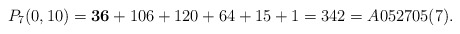
\begin{gather*}P_7(0,10) = {\bf 36}+106+120+64+15+1= 342 =A052705(7).\end{gather*}